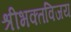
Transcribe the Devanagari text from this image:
श्रीभक्तविजय